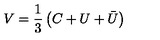
V = \frac { 1 } { 3 } \left( C + U + \bar { U } \right)